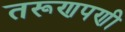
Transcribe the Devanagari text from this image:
तरूणपणी